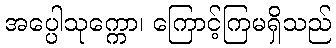
အပ္ပေါသုက္ကော၊ ကြောင့်ကြမရှိသည်